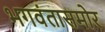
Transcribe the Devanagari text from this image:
भगवंतासमोर